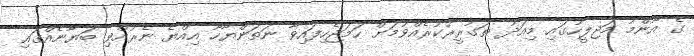
ގެ އާންމު މަޖިލީހުގައި މިއަދު ތަގުރީރުކުރެއްވުމަށް ހަމަޖެހިފައިވާ ނަތަންޔާހޫ އިއްޔެ ނެރުއްވި ބަޔާނެއްގައި